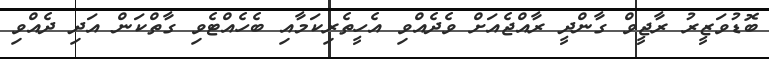
ބޮޑުވަޒީރު ރާޖީވް ގާންދީ ރާއްޖެއަށް ވެދެއްވި އެހީތެރިކަމާއި ބެހެއްޓެވި ގާތްކަން އަދި ދެއްވި